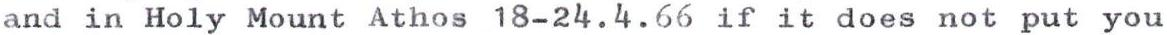
and in Holy Mount Athos 18-24.4.66 if it does not put you